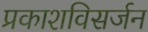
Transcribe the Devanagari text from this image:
प्रकाशविसर्जन